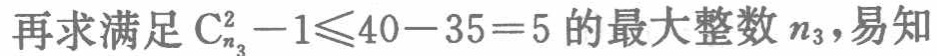
再求满足\(\mathrm{C}_{n_{3}}^{2}-1\leqslant40 - 35 = 5\)的最大整数\(n_{3}\)，易知